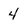
Character: 4